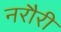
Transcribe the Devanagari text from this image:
नरौरी